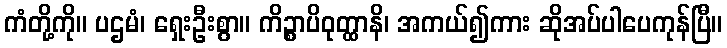
ကံတို့ကို။ ပဌမံ၊ ရှေးဦးစွာ။ ကိဉ္စာပိဝုတ္ထာနိ၊ အကယ်၍ကား ဆိုအပ်ပါပေကုန်ပြီ။